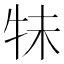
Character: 𰠭